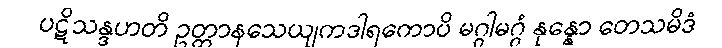
ပဋိသန္ဒဟတိ ဥတ္တာနသေယျကဒါရကောပိ မဂ္ဂါမဂ္ဂံ နုန္နော တေသမိဒံ